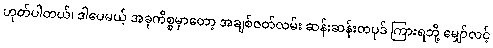
ဟုတ်ပါတယ်၊ ဒါပေမယ့် အခုကိစ္စမှာတော့ အချစ်ဇတ်လမ်း ဆန်းဆန်းတပုဒ် ကြားရဘို့ မျှော်လင့်